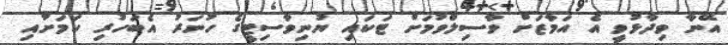
އޭނާ ވިދާޅުވީ އެ އަމާޒަށް ވާސިލްވުމަށް ޓަކައި ޔުނިވާސިޓީގެ ހުނަރު އެބަހުރި ކަމަށާއި